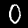
Digit: 0